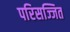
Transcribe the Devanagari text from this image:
परिसज्जित